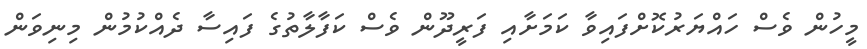
މީހުން ވެސް ހައްޔަރުކޮށްފައިވާ ކަމަށާއި ފަރީދޫން ވެސް ކަފާލާތުގެ ފައިސާ ދެއްކުމުން މިނިވަން